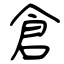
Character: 倉